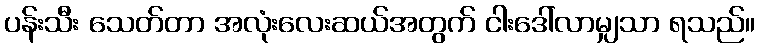
ပန်းသီး သေတ်တာ အလုံးလေးဆယ်အတွက် ငါးဒေါ်လာမျှသာ ရသည်။